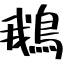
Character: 鵝